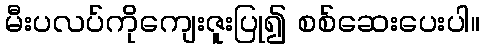
မီးပလပ်ကိုကျေးဇူးပြု၍ စစ်ဆေးပေးပါ။